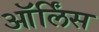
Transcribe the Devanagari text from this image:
ऑर्लिंस